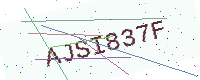
Text: AJSI837F